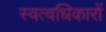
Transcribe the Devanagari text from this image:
स्वत्वधिकारों